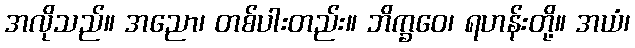
အလိုသည်။ အညော၊ တစ်ပါးတည်း။ ဘိက္ခဝေ၊ ရဟန်းတို့။ အယံ၊